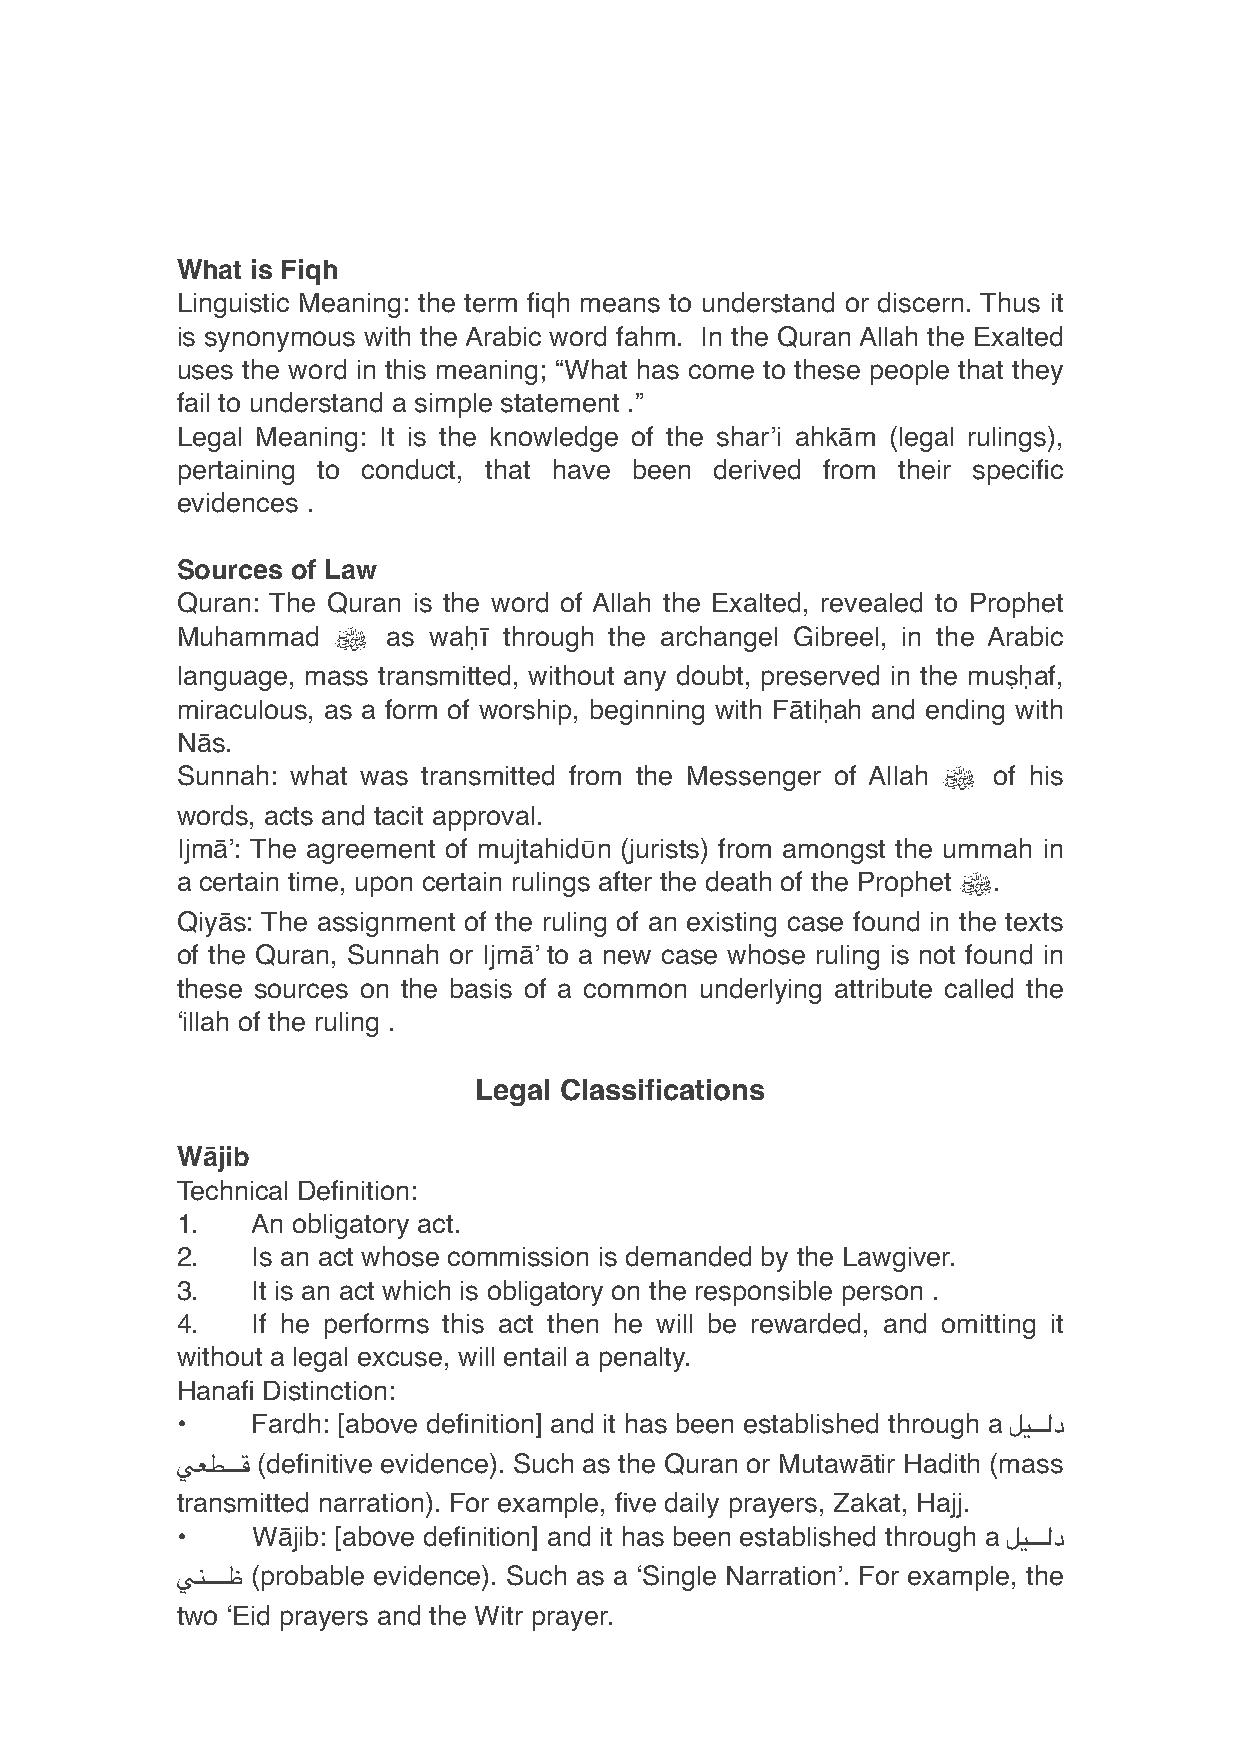
What is Fiqh
 Linguistic Meaning: the term fiqh means to understand or discern. Thus it
 is synonymous with the Arabic word fahm. In the Quran Allah the Exalted
 uses the word in this meaning; “What has come to these people that they
 fail to understand a simple statement .”
 Legal Meaning: It is the knowledge of the shar’i ahkām (legal rulings),
 pertaining to conduct, that have been derived from their specific
 evidences .
 Sources of Law
 Quran: The Quran is the word of Allah the Exalted, revealed to Prophet
 Muhammad  ﷺ   as waḥī through the archangel Gibreel, in the Arabic
 language, mass transmitted, without any doubt, preserved in the muṣḥaf,
 miraculous, as a form of worship, beginning with Fātiḥah and ending with
 Nās.
 Sunnah: what was transmitted from the Messenger of Allah ﷺ of his
 words, acts and tacit approval.
 Ijmā’: The agreement of mujtahidῡn (jurists) from amongst the ummah in
 a certain time, upon certain rulings after the death of the Prophet ﷺ.
 Qiyās: The assignment of the ruling of an existing case found in the texts
 of the Quran, Sunnah or Ijmā’ to a new case whose ruling is not found in
 these sources on the basis of a common underlying attribute called the
 ‘illah of the ruling .
 Legal Classifications
 Wājib
 Technical Definition:
 1.   An obligatory act.
 2.   Is an act whose commission is demanded by the Lawgiver.
 3.   It is an act which is obligatory on the responsible person .
 4.   If he performs this act then he will be rewarded, and omitting it
 without a legal excuse, will entail a penalty.
 Hanafi Distinction:
 •    Fardh: [above definition] and it has been established through a لي$$$$$$$$$$$$$لد
 يعط$$$$$$$$$$$$$$ق (definitive evidence). Such as the Quran or Mutawātir Hadith (mass
 transmitted narration). For example, five daily prayers, Zakat, Hajj.
 •    Wājib: [above definition] and it has been established through a لي$$$$$$$$$$$$$$$لد
 ي$ن$$$$$$$$$$$$$$$$$$ظ (probable evidence). Such as a ‘Single Narration’. For example, the
 two ‘Eid prayers and the Witr prayer.